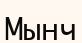
Мынч